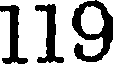
119